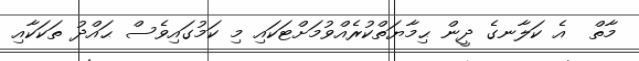
މާތް  އެ ކަލާނގެ ދީން ޙިމާޔަތްކުރެއްވުމަށްޓަކައި މި ކަމުގައިވެސް ޙައްދު ތަކަކާއި